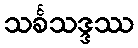
သင်္ခသဒ္ဒဿ